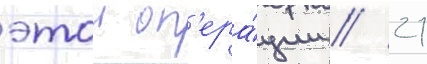
этои оп'ера́ции / 21